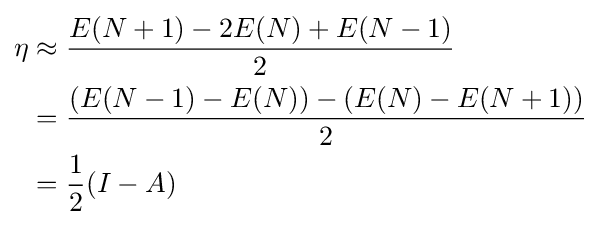
{\begin{aligned}\eta &\approx {\frac {E(N+1)-2E(N)+E(N-1)}{2}}\\&={\frac {(E(N-1)-E(N))-(E(N)-E(N+1))}{2}}\\&={\frac {1}{2}}(I-A)\end{aligned}}